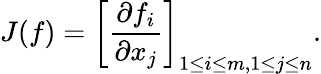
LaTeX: J(f)=\left[{\frac{\partial f_{i}}{\partial x_{j}}}\right]_{1\leq i\leq m,1\leq j\leq n}.